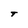
Character: T